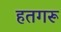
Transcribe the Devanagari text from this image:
हतगरू